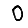
Digit: 0